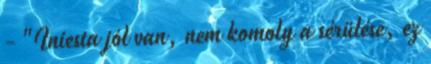
- "Iniesta jól van, nem komoly a sérülése, ez